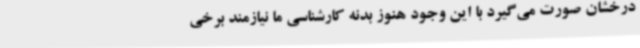
درخشان صورت می‌گیرد با این وجود هنوز بدنه کارشناسی ما نیازمند برخی